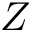
Z